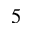
^ Ḋ 5 Ḍ